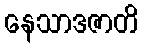
နေသာဒဇာတိ